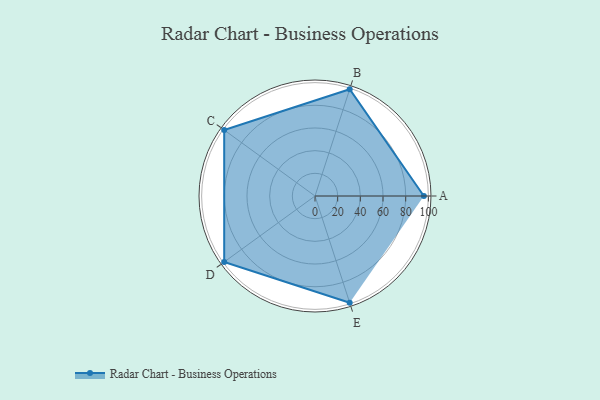
{"axis": {"x": "Skill", "y": "Score"}, "legend": ["Profile"], "data": [{"x": "A", "y": 96.0, "type": "Profile"}, {"x": "B", "y": 99.0, "type": "Profile"}, {"x": "C", "y": 99, "type": "Profile"}, {"x": "D", "y": 99, "type": "Profile"}, {"x": "E", "y": 99, "type": "Profile"}]}